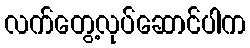
လက်တွေ့လုပ်ဆောင်ပါက